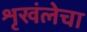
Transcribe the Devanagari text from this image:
शृखंलेचा